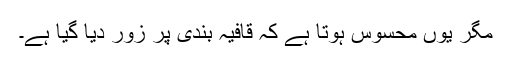
مگر یوں محسوس ہوتا ہے کہ قافیہ بندی پر زور دیا گیا ہے۔